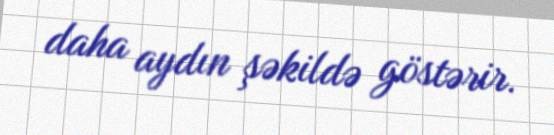
daha aydın şəkildə göstərir.